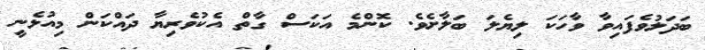
ބަދަލުވެފައިވާ ވާހަކަ ލިޔެލަ ބަލާށެވެ. ކޮންމެ އަކަސް ގާތް އެކުވެރިޔާ ދައްކަން މިއުޅެނީ